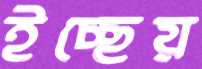
ইচ্ছেয়